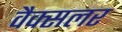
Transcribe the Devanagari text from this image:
वैक्सलर